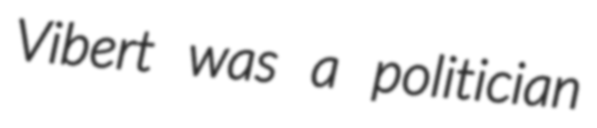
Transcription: Vibert was a politician